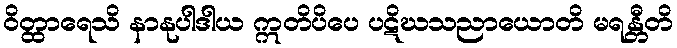
ဝိတ္ထာရေသိ နာနုပါဒါယ ဣတိပိပေ ပဋိဃသညာယောတိ မရန္တီတိ